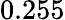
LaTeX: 0.255